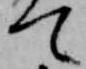
て